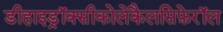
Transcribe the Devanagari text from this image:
डीहाइड्रॉक्सीकोलेकैलसिफ़ेरॉल